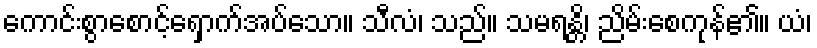
ကောင်းစွာစောင့်ရှောက်အပ်သော။ သီလံ၊ သည်။ သမရန္တိ၊ ညိမ်းစေကုန်၏။ ယံ၊